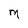
Character: M